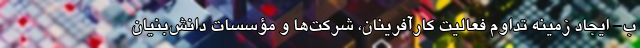
ب- ایجاد زمینه تداوم فعالیت کارآفرینان، شرکت‌ها و مؤسسات دانش‌بنیان